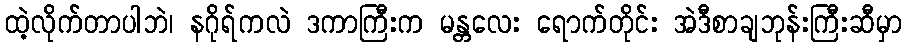
ထဲ့လိုက်တာပါဘဲ၊ နဂိုရ်ကလဲ ဒကာကြီးက မန္တလေး ရောက်တိုင်း အဲဒီစာချဘုန်းကြီးဆီမှာ